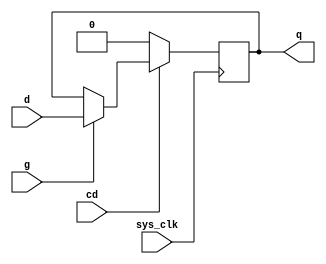
module ldp2q
(
	output	q,
	input		d,
	input		g,
	input		cd,
	input		sys_clk
);

reg	data = 1'b0;

assign q = data;

// always @(d or g or cd)
always @(posedge sys_clk)
begin
	if (~cd) begin
		data <= 1'b0;
	end else if (g) begin
		data <= d;
	end
end

endmodule